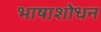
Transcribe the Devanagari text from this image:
भाषाशोधन